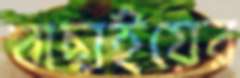
বাছাইয়ের